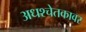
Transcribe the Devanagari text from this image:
अधश्चेतकावर